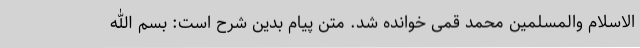
الاسلام والمسلمین محمد قمی خوانده شد. متن پیام بدین شرح است: بسم الله